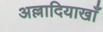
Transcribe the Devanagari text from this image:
अल्लादियाखाँ